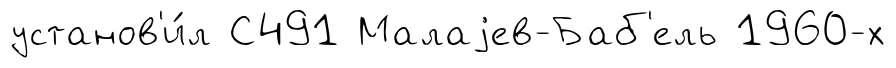
установ'и́л С491 Малаjев-Баб'ель 1960-х